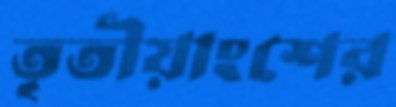
তৃতীয়াংশের